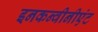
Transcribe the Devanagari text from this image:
इनकन्वीनीएंट